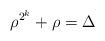
LaTeX: \begin{align*} \rho^{2^k}+\rho=\Delta\end{align*}